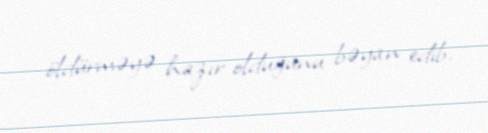
öldürməyə hazır olduğunu bəyan edib.